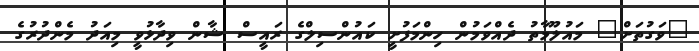
"ވަގުތަށް" މައުލޫމާތު ދެއްވަމުން ހިންމަފުށީ ކައުންސިލްގެ ރައީސް ޝާން ވިދާޅުވީ މިއަދު މެންދުރުގެ